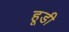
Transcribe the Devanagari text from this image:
हूडी